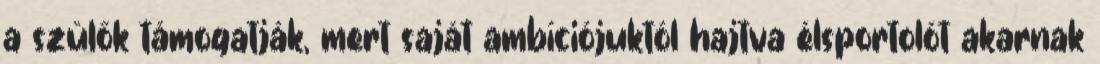
a szülők támogatják, mert saját ambíciójuktól hajtva élsportolót akarnak